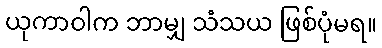
ယုကာဝါက ဘာမျှ သံသယ ဖြစ်ပုံမရ။